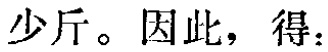
少斤。因此，得：